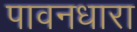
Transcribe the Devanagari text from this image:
पावनधारा